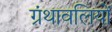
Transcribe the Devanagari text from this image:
ग्रंथावलियों